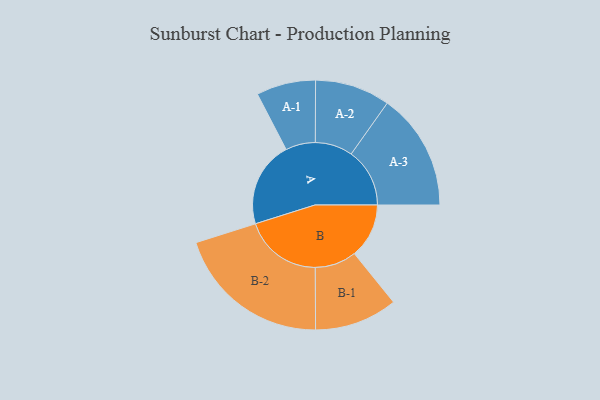
{"axis": {"x": "Segment", "y": "Value"}, "legend": ["", "A", "B"], "data": [{"x": "A", "y": 306, "type": ""}, {"x": "B", "y": 195, "type": ""}, {"x": "A-1", "y": 106, "type": "A"}, {"x": "A-2", "y": 134, "type": "A"}, {"x": "A-3", "y": 209, "type": "A"}, {"x": "B-1", "y": 148, "type": "B"}, {"x": "B-2", "y": 278, "type": "B"}]}